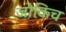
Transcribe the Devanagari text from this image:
जोकिच